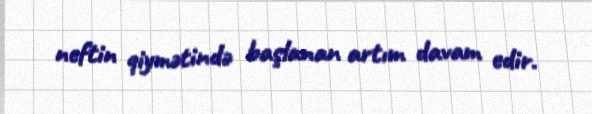
neftin qiymətində başlanan artım davam edir.